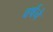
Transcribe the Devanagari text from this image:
वर्षने